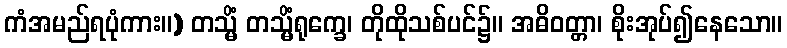
ကံအမည်ရပုံကား။) တသ္မိံ တသ္မိံရုက္ခေ၊ တိုထိုသစ်ပင်၌။ အဓိဝတ္တာ၊ စိုးအုပ်၍နေသော။